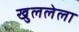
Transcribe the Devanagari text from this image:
खुललेला